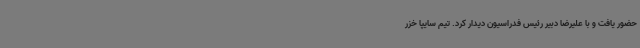
حضور یافت و با علیرضا دبیر رئیس فدراسیون دیدار کرد. تیم سایپا خزر